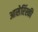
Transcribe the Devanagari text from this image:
आसेरिंस्की